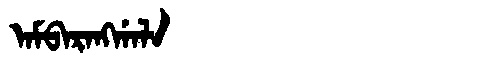
Manchu: ᠠᠮᠪᠠᡵᠠᠩᡤᠠᠯᠠ
Romanization: AMBARANGGALA